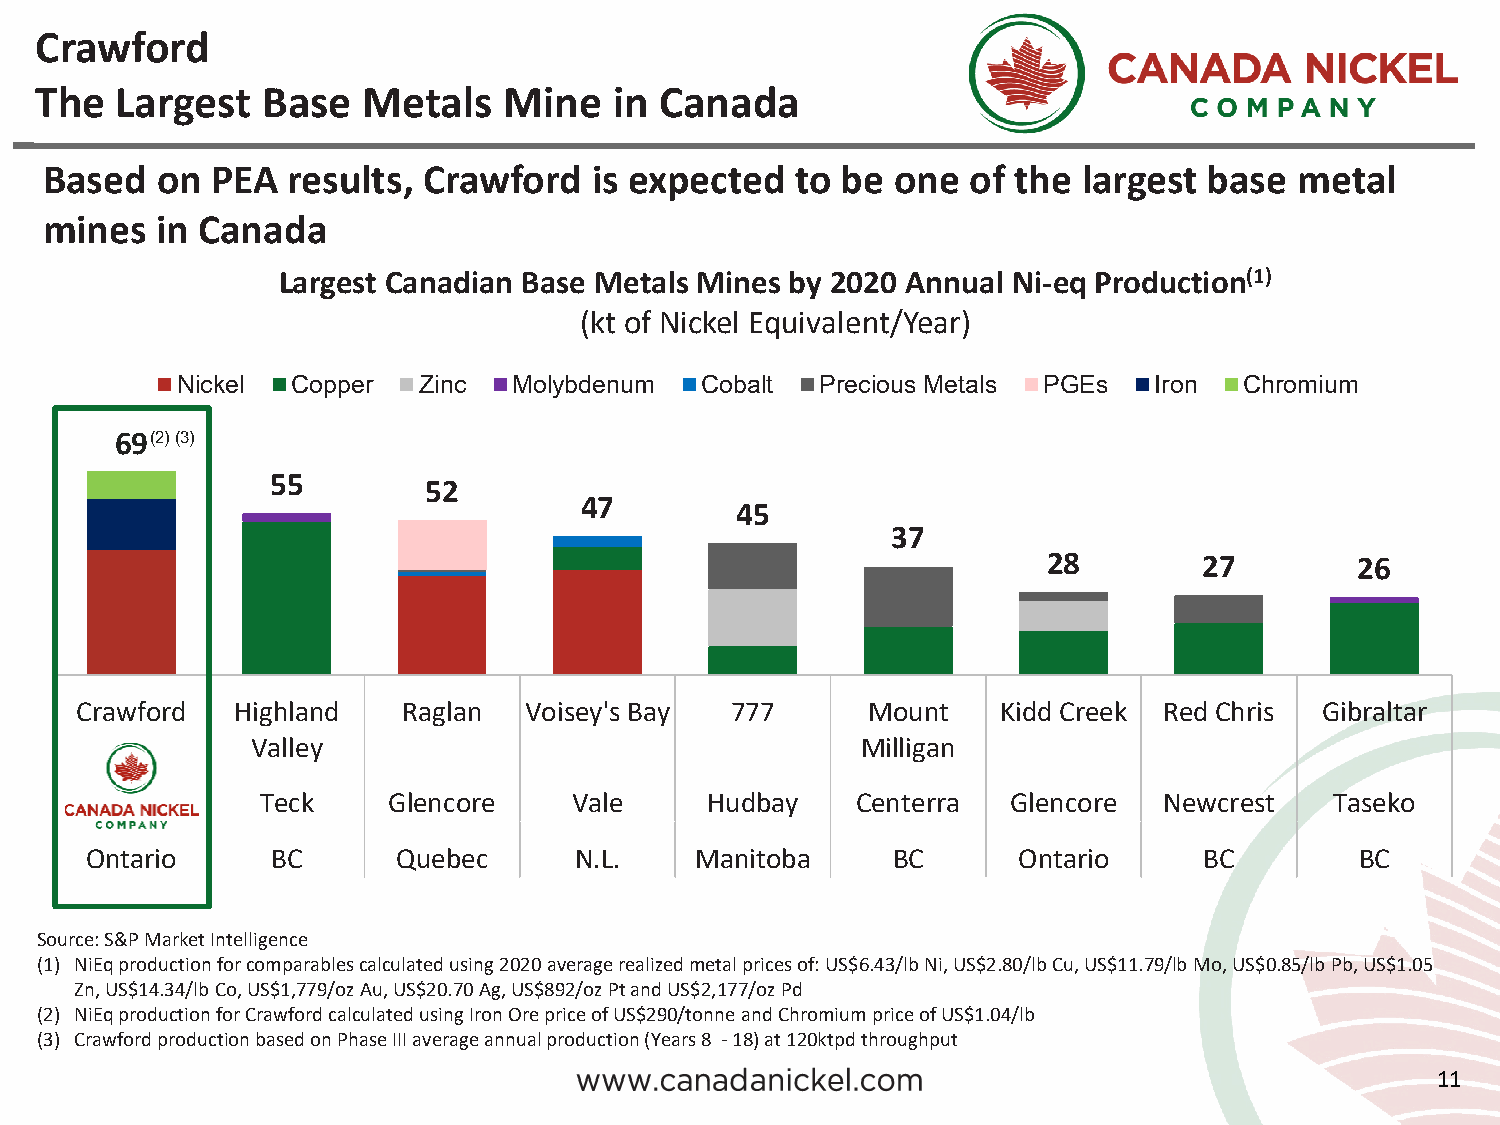
Crawford
 The   Largest  Base   Metals   Mine    in Canada
 Based  on  PEA  results, Crawford   is expected   to be one  of the  largest base  metal
 mines  in Canada
 Largest Canadian Base Metals Mines by 2020 Annual Ni-eq Production(1)
 (kt of Nickel Equivalent/Year)
 Nickel Copper   Zinc  Molybdenum  Cobalt  Precious Metals PGEs  Iron  Chromium
 69 (2) (3)
 55
 52
 47
 45
 37
 28         27        26
 Crawford   Highland   Raglan  Voisey's Bay 777      Mount    Kidd Creek Red Chris  Gibraltar
 Valley                                  Milligan
 XXX       Teck     Glencore    Vale     Hudbay    Centerra  Glencore  Newcrest   Taseko
 Ontario     BC      Quebec      N.L.    Manitoba     BC      Ontario      BC        BC
 Source: S&P Market Intelligence
 (1) NiEqproduction for comparablescalculated using 2020 average realized metal prices of: US$6.43/lb Ni, US$2.80/lb Cu, US$11.79/lb Mo, US$0.85/lb Pb, US$1.05
 Zn, US$14.34/lb Co, US$1,779/oz Au, US$20.70 Ag, US$892/oz Pt and US$2,177/oz Pd
 (2) NiEqproduction for Crawford calculated using Iron Ore price of US$290/tonne and Chromium price of US$1.04/lb
 (3) Crawford production based on Phase III average annual production (Years 8 -18) at 120ktpd throughput
 11